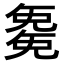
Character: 𭀱